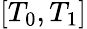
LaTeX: [T_{0},T_{1}]